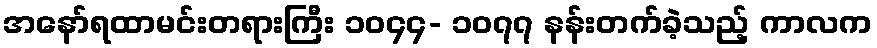
အနော်ရထာမင်းတရားကြီး ၁၀၄၄- ၁၀၇၇ နန်းတက်ခဲ့သည့် ကာလက